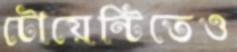
টোয়েন্টিতেও